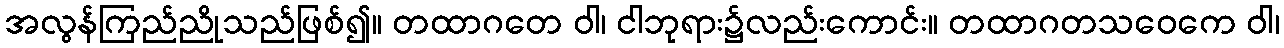
အလွန်ကြည်ညိုသည်ဖြစ်၍။ တထာဂတေ ဝါ၊ ငါဘုရား၌လည်းကောင်း။ တထာဂတသဝေကေ ဝါ၊